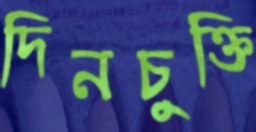
দিনচুক্তি